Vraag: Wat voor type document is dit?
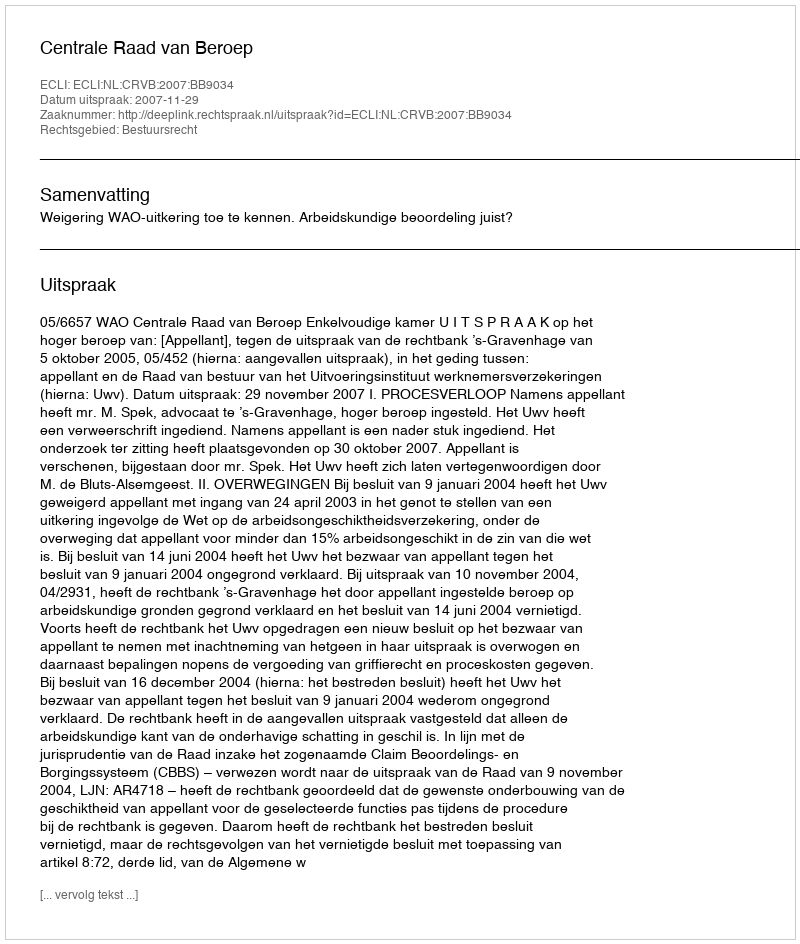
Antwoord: Uitspraak